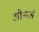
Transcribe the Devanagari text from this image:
औथर्ज़